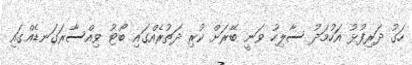
ހަގު ދަރިފުޅު އަހުމަދު ސާލިހު ވަނީ ބޭރަށް ކުރި ދަތުރެއްގައި ބޯޓު ވިއްސާރަގަނޑެއްގައި